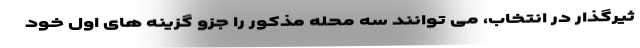
ثیرگذار در انتخاب، می توانند سه محله مذکور را جزو گزینه های اول خود